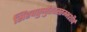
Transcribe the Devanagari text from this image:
सिंहचतुर्मुखस्तम्भशीर्ष